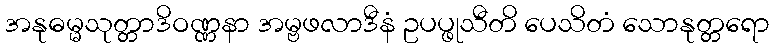
အနုဓမ္မသုတ္တာဒိဝဏ္ဏနာ အမ္ဗဖလာဒီနံ ဥပပ္ဖုသီတိ ပေသိတံ သောနုတ္တရော